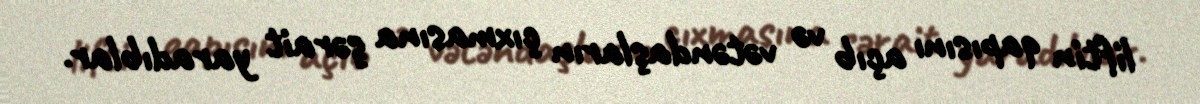
liftin qapısını açıb və vətəndaşların çıxmasına şərait yaradıblar.